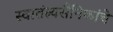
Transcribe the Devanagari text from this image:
स्वातंत्र्यसैनिकांचे